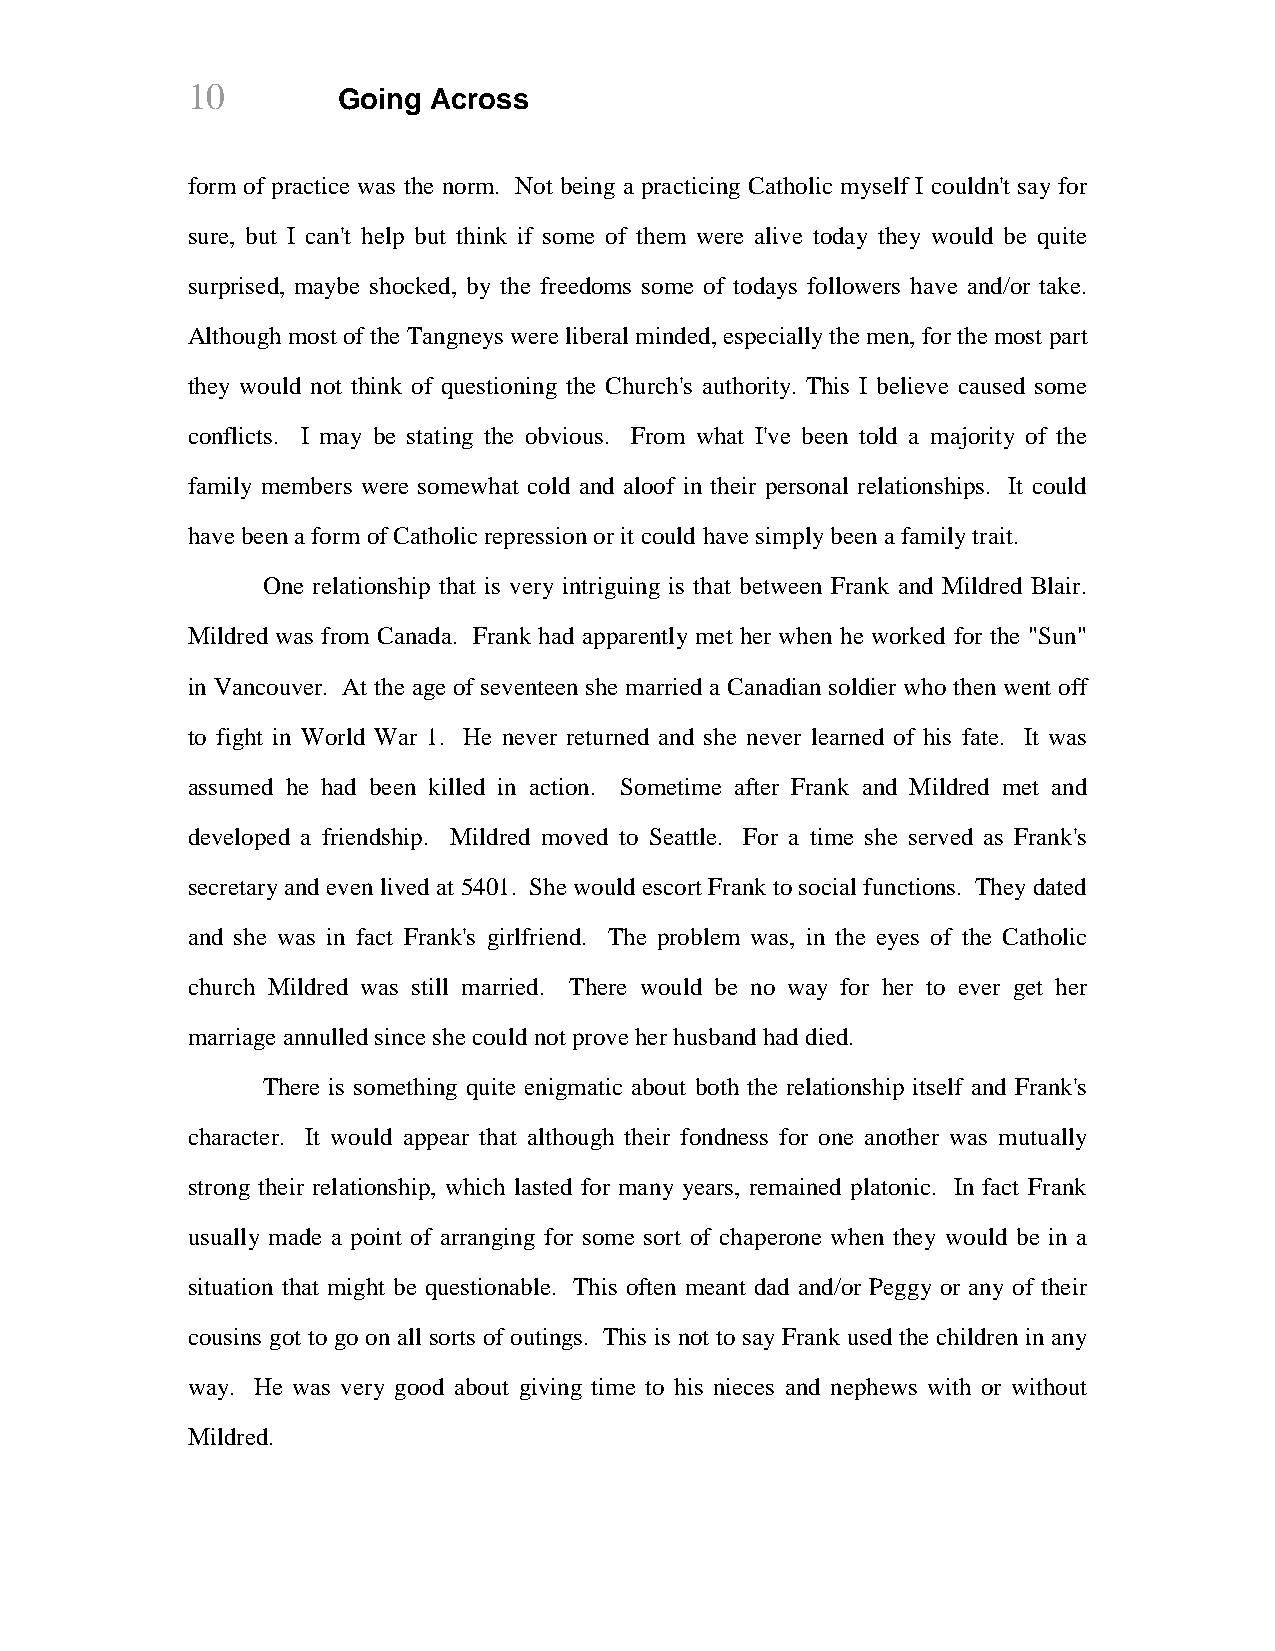
10        Going Across
 form of practice was the norm. Not being a practicing Catholic myself I couldn't say for
 sure, but I can't help but think if some of them were alive today they would be quite
 surprised, maybe shocked, by the freedoms some of todays followers have and/or take.
 Although most of the Tangneys were liberal minded, especially the men, for the most part
 they would not think of questioning the Church's authority. This I believe caused some
 conflicts. I may be stating the obvious. From what I've been told a majority of the
 family members were somewhat cold and aloof in their personal relationships. It could
 have been a form of Catholic repression or it could have simply been a family trait.
 One relationship that is very intriguing is that between Frank and Mildred Blair.
 Mildred was from Canada. Frank had apparently met her when he worked for the "Sun"
 in Vancouver. At the age of seventeen she married a Canadian soldier who then went off
 to fight in World War 1. He never returned and she never learned of his fate. It was
 assumed he had been killed in action. Sometime after Frank and Mildred met and
 developed a friendship. Mildred moved to Seattle. For a time she served as Frank's
 secretary and even lived at 5401. She would escort Frank to social functions. They dated
 and she was in fact Frank's girlfriend. The problem was, in the eyes of the Catholic
 church Mildred was still married. There would be no way for her to ever get her
 marriage annulled since she could not prove her husband had died.
 There is something quite enigmatic about both the relationship itself and Frank's
 character. It would appear that although their fondness for one another was mutually
 strong their relationship, which lasted for many years, remained platonic. In fact Frank
 usually made a point of arranging for some sort of chaperone when they would be in a
 situation that might be questionable. This often meant dad and/or Peggy or any of their
 cousins got to go on all sorts of outings. This is not to say Frank used the children in any
 way. He was very good about giving time to his nieces and nephews with or without
 Mildred.